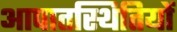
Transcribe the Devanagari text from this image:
आपातस्थितियों